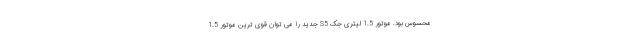
محسوس بود. موتور 1.5 لیتری جک S5 جدید را می توان قوی ترین موتور 1.5